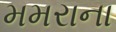
મમરાના